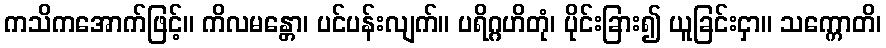
ကသိကအောက်ဖြင့်။ ကိလမန္တော၊ ပင်ပန်းလျက်။ ပရိဂ္ဂဟိတုံ၊ ပိုင်းခြား၍ ယူခြင်းငှာ။ သက္ကောတိ၊